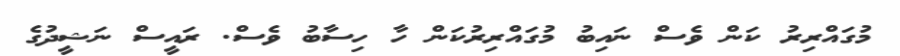
މުގައްރިރު ކަން ވެސް ނައިބު މުގައްރިރުކަން ހާ ހިސާބު ވެސް. ރައީސް ނަޝީދުގެ